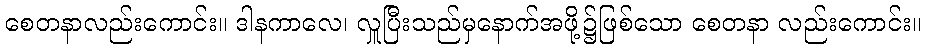
စေတနာလည်းကောင်း။ ဒါနကာလေ၊ လှူပြီးသည်မှနောက်အဖို့၌ဖြစ်သော စေတနာ လည်းကောင်း။